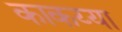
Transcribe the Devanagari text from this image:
काकय्या